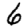
Digit: 6